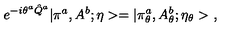
e ^ { - i \theta ^ { a } \hat { Q } ^ { a } } | \pi ^ { a } , A ^ { b } ; \eta > = | \pi _ { \theta } ^ { a } , A _ { \theta } ^ { b } ; \eta _ { \theta } > \ ,